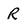
Character: R